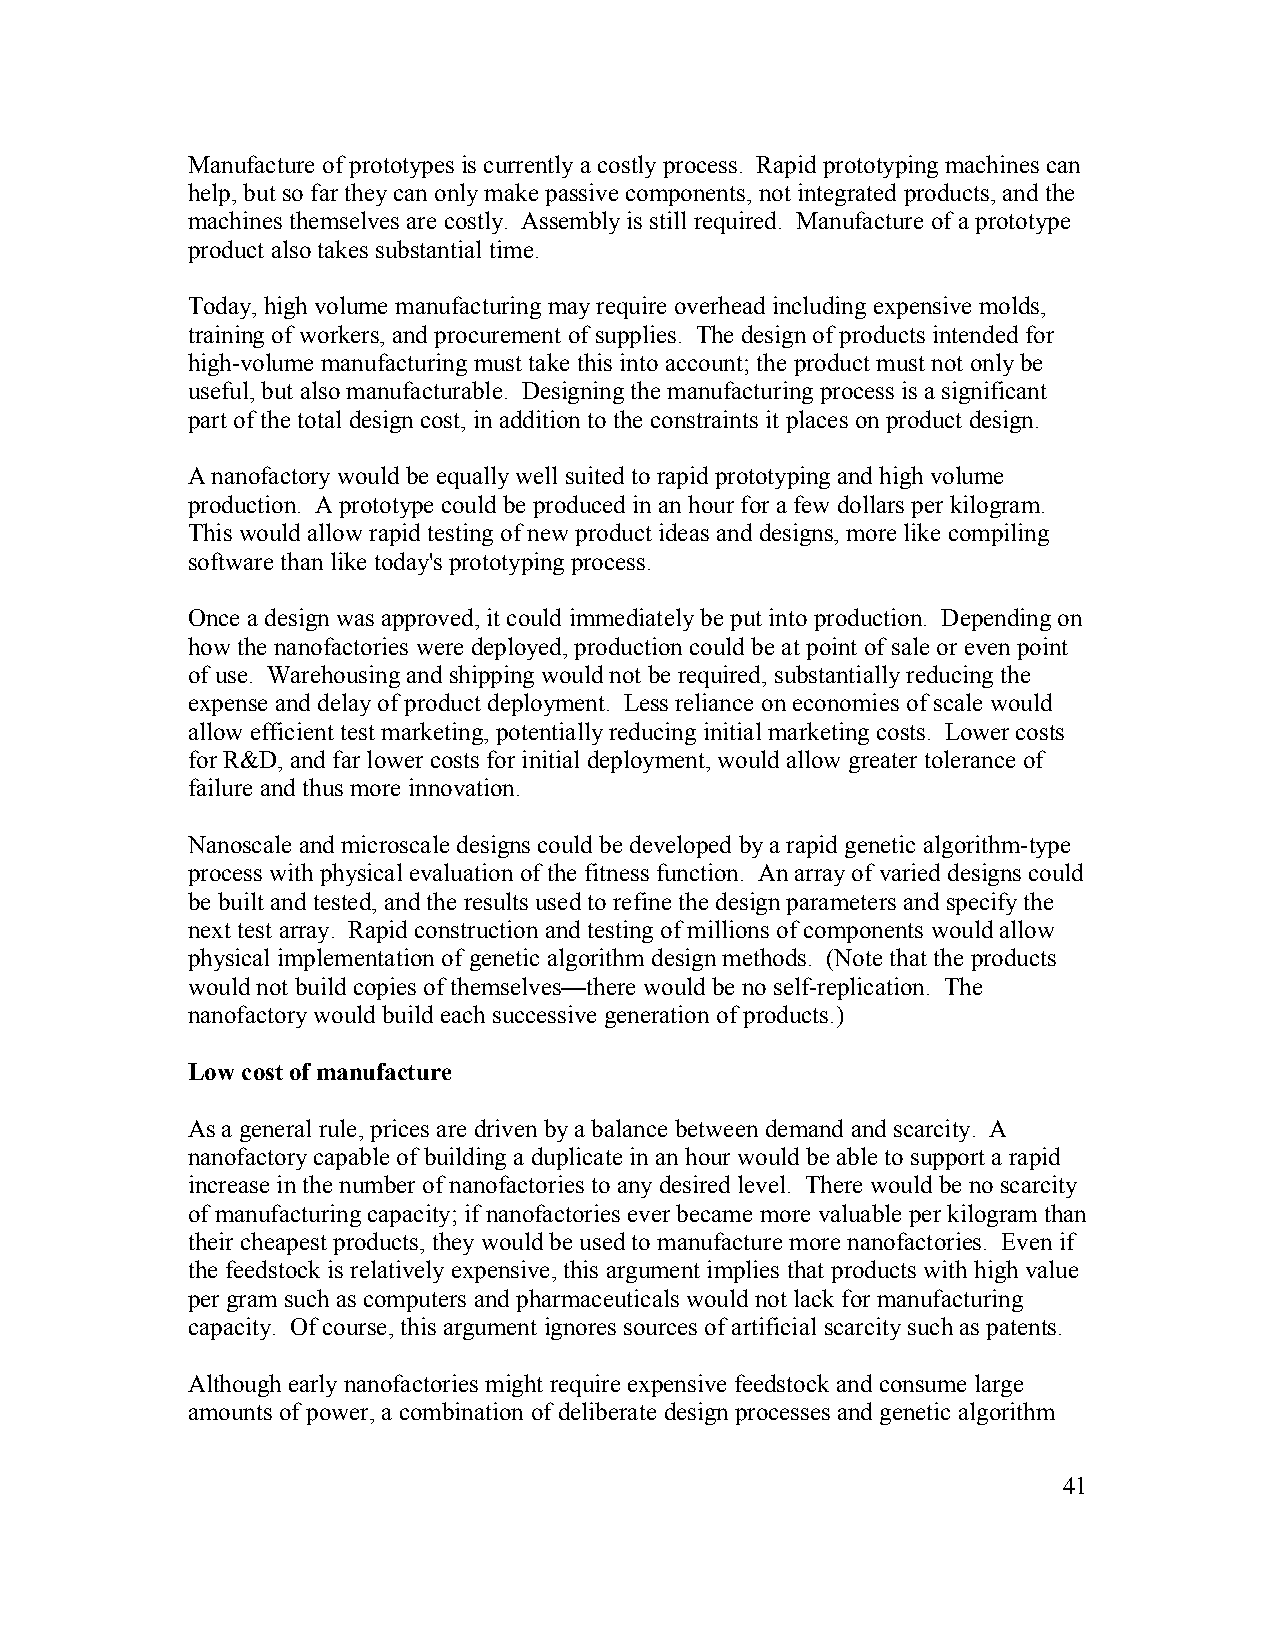
Manufacture of prototypes is currently a costly process. Rapid prototyping machines can
 help, but so far they can only make passive components, not integrated products, and the
 machines themselves are costly. Assembly is still required. Manufacture of a prototype
 product also takes substantial time.
 Today, high volume manufacturing may require overhead including expensive molds,
 training of workers, and procurement of supplies. The design of products intended for
 high-volume manufacturing must take this into account; the product must not only be
 useful, but also manufacturable. Designing the manufacturing process is a significant
 part of the total design cost, in addition to the constraints it places on product design.
 A nanofactory would be equally well suited to rapid prototyping and high volume
 production. A prototype could be produced in an hour for a few dollars per kilogram.
 This would allow rapid testing of new product ideas and designs, more like compiling
 software than like today's prototyping process.
 Once a design was approved, it could immediately be put into production. Depending on
 how the nanofactories were deployed, production could be at point of sale or even point
 of use. Warehousing and shipping would not be required, substantially reducing the
 expense and delay of product deployment. Less reliance on economies of scale would
 allow efficient test marketing, potentially reducing initial marketing costs. Lower costs
 for R&D, and far lower costs for initial deployment, would allow greater tolerance of
 failure and thus more innovation.
 Nanoscale and microscale designs could be developed by a rapid genetic algorithm-type
 process with physical evaluation of the fitness function. An array of varied designs could
 be built and tested, and the results used to refine the design parameters and specify the
 next test array. Rapid construction and testing of millions of components would allow
 physical implementation of genetic algorithm design methods. (Note that the products
 would not build copies of themselves—there would be no self-replication. The
 nanofactory would build each successive generation of products.)
 Low cost of manufacture
 As a general rule, prices are driven by a balance between demand and scarcity. A
 nanofactory capable of building a duplicate in an hour would be able to support a rapid
 increase in the number of nanofactories to any desired level. There would be no scarcity
 of manufacturing capacity; if nanofactories ever became more valuable per kilogram than
 their cheapest products, they would be used to manufacture more nanofactories. Even if
 the feedstock is relatively expensive, this argument implies that products with high value
 per gram such as computers and pharmaceuticals would not lack for manufacturing
 capacity. Of course, this argument ignores sources of artificial scarcity such as patents.
 Although early nanofactories might require expensive feedstock and consume large
 amounts of power, a combination of deliberate design processes and genetic algorithm
 41